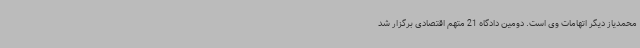
محمدیاز دیگر اتهامات وی است. دومین دادگاه 21 متهم اقتصادی برگزار شد